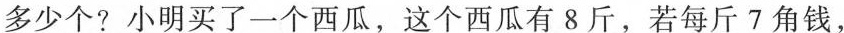
多少个?小明买了一个西瓜，这个西瓜有8斤，若每斤7角钱，